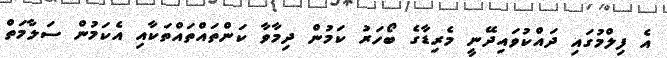
އެ ފިލްމުގައި ދައްކުވައިދޭނީ މެރިޑާގެ ބޯހަރު ކަމުން ދިމާވާ ކަންތައްތައްތަކާއި އެކަމުން ސަލާމަތް